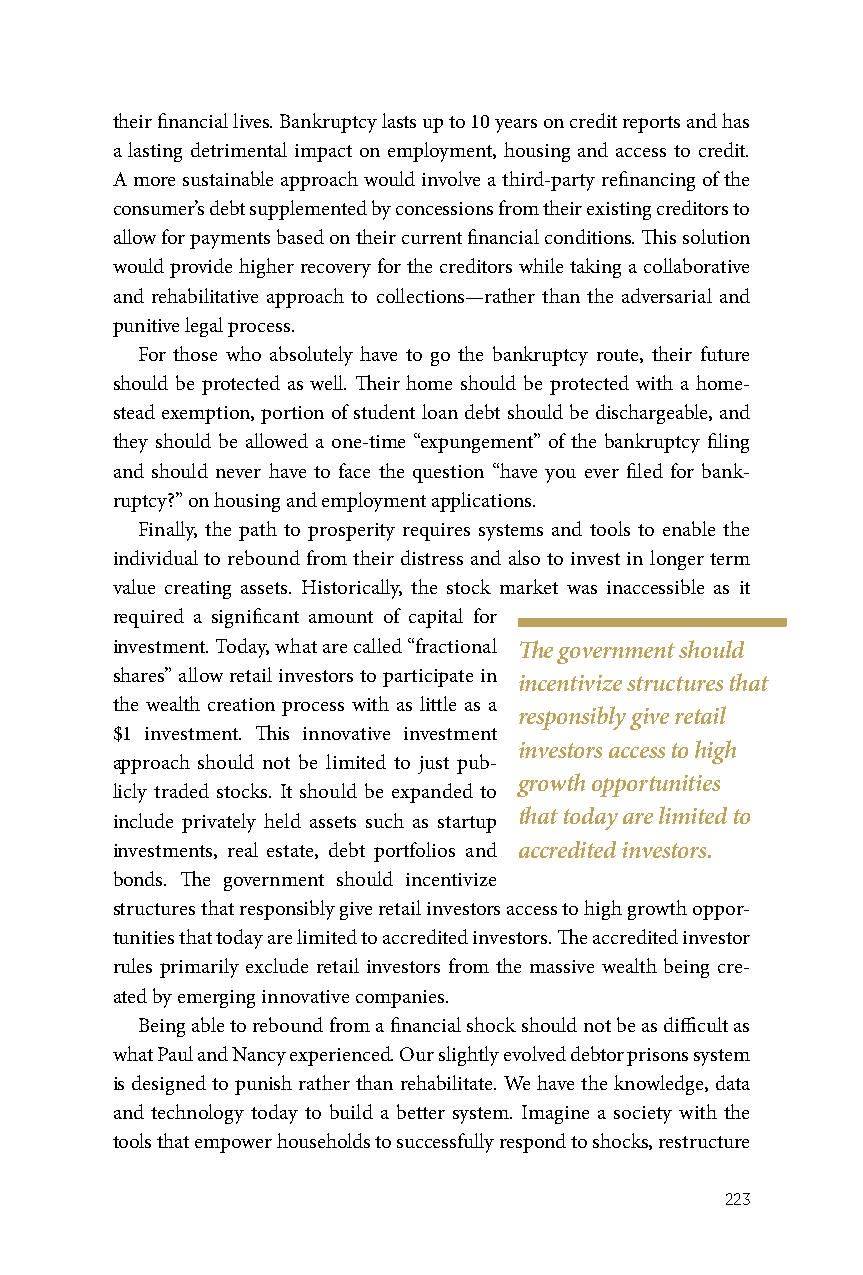
their financial lives. Bankruptcy lasts up to 10 years on credit reports and has
 a lasting detrimental impact on employment, housing and access to credit.
 A more sustainable approach would involve a third-party refinancing of the
 consumer’s debt supplemented by concessions from their existing creditors to
 allow for payments based on their current financial conditions. This solution
 would provide higher recovery for the creditors while taking a collaborative
 and rehabilitative approach to collections—rather than the adversarial and
 punitive legal process.
 For those who absolutely have to go the bankruptcy route, their future
 should be protected as well. Their home should be protected with a home-
 stead exemption, portion of student loan debt should be dischargeable, and
 they should be allowed a one-time “expungement” of the bankruptcy filing
 and should never have to face the question “have you ever filed for bank-
 ruptcy?” on housing and employment applications.
 Finally, the path to prosperity requires systems and tools to enable the
 individual to rebound from their distress and also to invest in longer term
 value creating assets. Historically, the stock market was inaccessible as it
 required a significant amount of capital for
 investment. Today, what are called “fractional The government should
 shares” allow retail investors to participate in
 incentivize structures that
 the wealth creation process with as little as a
 responsibly give retail
 $1 investment. This innovative investment
 investors access to high
 approach should not be limited to just pub-
 growth opportunities
 licly traded stocks. It should be expanded to
 include privately held assets such as startup that today are limited to
 investments, real estate, debt portfolios and accredited investors.
 bonds. The government should incentivize
 structures that responsibly give retail investors access to high growth oppor-
 tunities that today are limited to accredited investors. The accredited investor
 rules primarily exclude retail investors from the massive wealth being cre-
 ated by emerging innovative companies.
 Being able to rebound from a financial shock should not be as difficult as
 what Paul and Nancy experienced. Our slightly evolved debtor prisons system
 is designed to punish rather than rehabilitate. We have the knowledge, data
 and technology today to build a better system. Imagine a society with the
 tools that empower households to successfully respond to shocks, restructure
 223